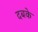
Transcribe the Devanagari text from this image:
दबके